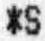
*S